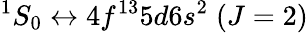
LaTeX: ^1S_{0}\leftrightarrow 4f^{13}5d6s^{2}\; (J=2)